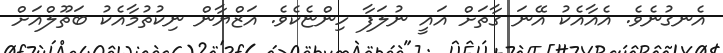
އެނގުނެވެ. އެއާއެކު އޭނަ ގާތަށް އައީ ނުލަފާ ހިންޏެކެވެ. އަޒްޔާން ނިކުތުމާއެކު ބަތޫލްއަށް